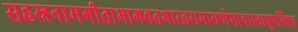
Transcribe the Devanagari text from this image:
सहस्रनामगीताभागवतभारतरामायणेशावास्याद्युपनिषद